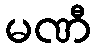
မဏီ